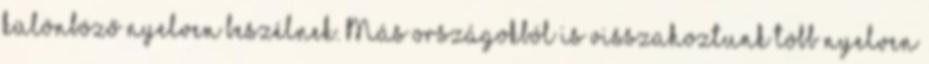
különböző nyelven beszélnek. Más országokból is visszahoztunk több nyelven